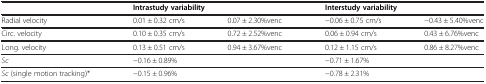
<table><thead><tr><td><b> </b></td><td colspan="2"><b>Intrastudy variability</b></td><td colspan="2"><b>Interstudy variability</b></td></tr></thead><tbody><tr><td>Radial velocity</td><td>0.01 ± 0.32 cm/s</td><td>0.07 ± 2.30%venc</td><td>−0.06 ± 0.75 cm/s</td><td>−0.43 ± 5.40%venc</td></tr><tr><td>Circ. velocity</td><td>0.10 ± 0.35 cm/s</td><td>0.72 ± 2.52%venc</td><td>0.06 ± 0.94 cm/s</td><td>0.43 ± 6.76%venc</td></tr><tr><td>Long. velocity</td><td>0.13 ± 0.51 cm/s</td><td>0.94 ± 3.67%venc</td><td>0.12 ± 1.15 cm/s</td><td>0.86 ± 8.27%venc</td></tr><tr><td><i>Sc</i></td><td colspan="2">−0.16 ± 0.89%</td><td colspan="2">−0.71 ± 1.67%</td></tr><tr><td><i>Sc</i> (single motion tracking)*</td><td colspan="2">−0.15 ± 0.96%</td><td colspan="2">−0.78 ± 2.31%</td></tr></tbody></table>